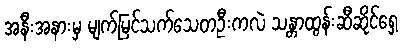
အနီးအနားမှ မျက်မြင်သက်သေတဦးကလဲ သန္တာထွန်းဆီဆိုင်ရှေ့